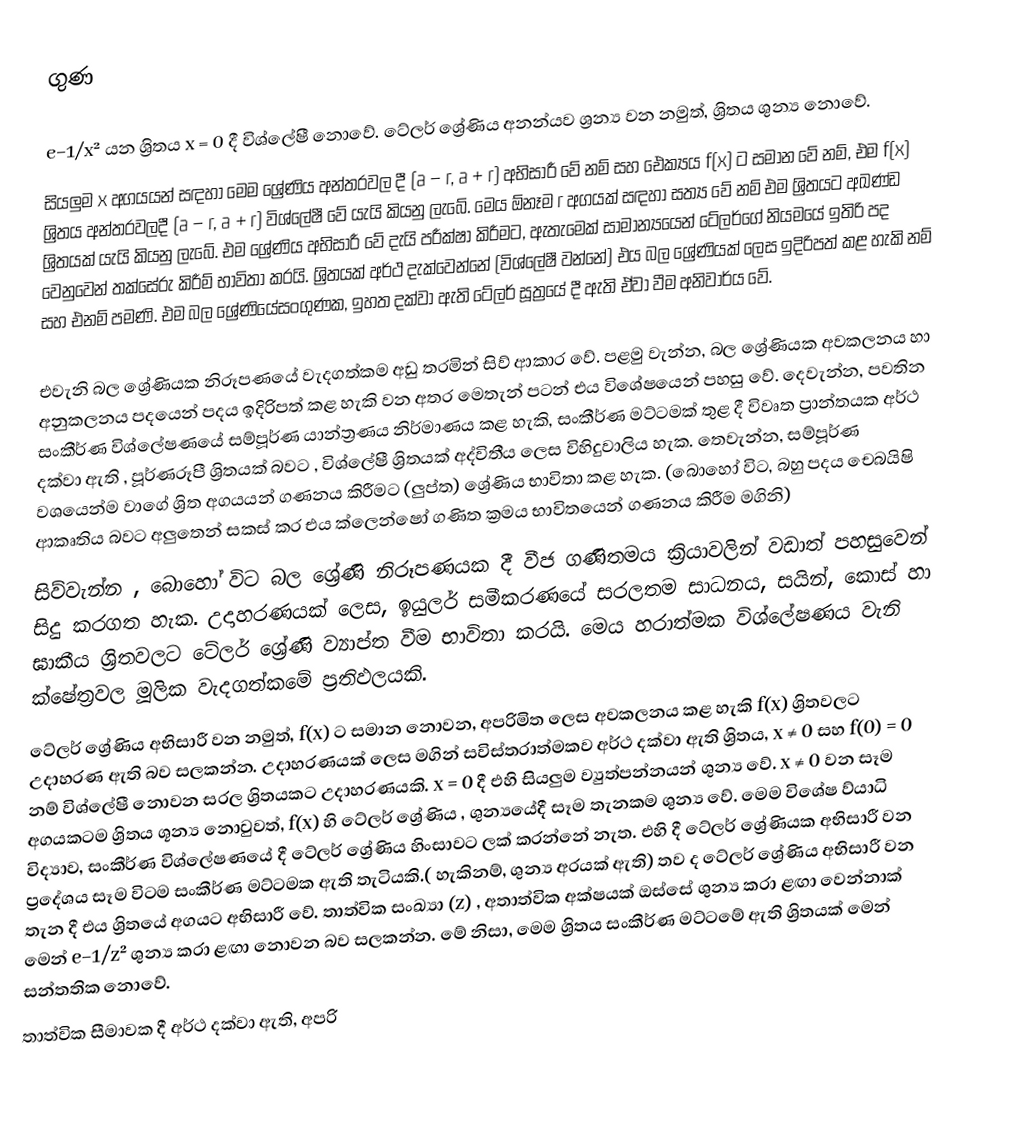
ගුණ

e−1/x²  යන ශ්‍රිතය x = 0 දී විශ්ලේෂී නොවේ. ටේලර් ශ්‍රේණිය අනන්යව ශ්‍රන්‍ය වන නමුත්, ශ්‍රිතය ශුන්‍ය නොවේ.
සියලුම x අගයයන් සඳහා මෙම ශ්‍රේණිය අන්තරවල දී (a − r, a + r) අභිසාරී වේ නම් සහ ඓක්‍යය f(x) ට සමාන වේ නම්, එම f(x) ශ්‍රිතය අන්තරවලදී (a − r, a + r) විශ්ලේෂී වේ යැයි කියනු ලැබේ. මෙය ඕනෑම r  අගයක් සඳහා සත්‍ය වේ නම් එම ශ්‍රිතයට අඛණ්ඩ ශ්‍රිතයක් යැයි කියනු ලැබේ. එම ශ්‍රේණිය අභිසාරී වේ දැයි පරීක්ෂා කිරීමට, ඇතැමෙක් සාමාන්‍යයෙන් ටේලර්ගේ නියමයේ ඉතිරි පද වෙනුවෙන් තක්සේරු කිරීම් භාවිතා කරයි. ශ්‍රිතයක් අර්ථ දැක්වෙන්නේ (විශ්ලේෂී වන්නේ) එය බල ශ්‍රේණියක් ලෙස ඉදිරිපත් කළ හැකි නම් සහ එනම් පමණි. එම බල ශ්‍රේණියේසංගුණක, ඉහත දක්වා ඇති ටේලර් සූත්‍රයේ දී ඇති ඒවා වීම අනිවාර්ය වේ.

එවැනි බල  ශ්‍රේණියක නිරූපණයේ වැදගත්කම අඩු තරමින් සිව් ආකාර වේ. පළමු වැන්න, බල ශ්‍රේණියක  අවකලනය හා අනුකලනය පදයෙන් පදය ඉදිරිපත් කළ හැකි වන අතර මෙතැන් පටන් එය විශේෂයෙන් පහසු වේ. දෙවැන්න, පවතින සංකීර්ණ විශ්ලේෂණයේ සම්පූර්ණ යාන්ත්‍රණය නිර්මාණය කළ හැකි, සංකීර්ණ මට්ටමක් තුළ දී විවෘත ප්‍රාන්තයක අර්ථ දක්වා ඇති , පූර්ණරූපී ශ්‍රිතයක් බවට , විශ්ලේෂී ශ්‍රිතයක් අද්විතීය ලෙස විහිදුවාලිය හැක. තෙවැන්න, සම්පූර්ණ වශයෙන්ම වාගේ ශ්‍රිත අගයයන් ගණනය කිරීමට (ලුප්ත) ශ්‍රේණිය භාවිතා කළ හැක. (බොහෝ විට, බහු පදය චෙබයිෂි ආකෘතිය බවට අලුතෙන් සකස් කර එය ක්ලෙන්ෂෝ ගණිත ක්‍රමය භාවිතයෙන් ගණනය කිරීම මගිනි)
සිව්වැන්න , බොහෝ විට බල ශ්‍රේණි නිරූපණයක දී වීජ ගණිතමය ක්‍රියාවලින් වඩාත් පහසුවෙන් සිදු කරගත හැක. උදාහරණයක් ලෙස, ඉයුලර් සමීකරණයේ සරලතම සාධනය, සයින්, කොස් හා ඝාකීය ශ්‍රිතවලට ටේලර් ශ්‍රේණි ව්‍යාප්ත වීම භාවිතා කරයි. මෙය හරාත්මක විශ්ලේෂණය වැනි ක්ෂේත්‍රවල මූලික වැදගත්කමේ ප්‍රතිඵලයකි.
ටේලර් ශ්‍රේණිය අභිසාරී වන නමුත්, f(x) ට සමාන නොවන, අපරිමිත ලෙස අවකලනය කළ හැකි f(x)  ශ්‍රිතවලට උදාහරණ ඇති බව සලකන්න. උදාහරණයක් ලෙස   මගින් සවිස්තරාත්මකව අර්ථ දක්වා ඇති ශ්‍රිතය, x ≠ 0  සහ f(0) = 0 නම් විශ්ලේෂී නොවන සරල ශ්‍රිතයකට උදාහරණයකි. x = 0  දී එහි සියලුම ව්‍යුත්පන්නයන් ශුන්‍ය වේ. x ≠ 0  වන සෑම අගයකටම ශ්‍රිතය ශූන්‍ය නොවුවත්, f(x)   හි ටේලර් ශ්‍රේණිය , ශුන්‍යයේදී  සෑම තැනකම ශුන්‍ය වේ. මෙම විශේෂ ව්යාධි විද්‍යාව, සංකීර්ණ විශ්ලේෂණයේ දී ටේලර් ශ්‍රේණිය හිංසාවට ලක් කරන්නේ නැත. එහි දී ටේලර් ශ්‍රේණියක අභිසාරී වන ප්‍රදේශය සෑම විටම සංකීර්ණ මට්ටමක ඇති තැටියකි.( හැකිනම්, ශුන්‍ය අරයක් ඇති) තව ද ටේලර් ශ්‍රේණිය අභිසාරී වන තැන දී එය ශ්‍රිතයේ අගයට අභිසාරී වේ. තාත්වික සංඛ්‍යා (z)  , අතාත්වික අක්ෂයක් ඔස්සේ ශුන්‍ය කරා ළඟා වෙන්නාක් මෙන් e−1/z² ශුන්‍ය කරා ළඟා නොවන බව සලකන්න. මේ නිසා, මෙම ශ්‍රිතය සංකීර්ණ මට්ටමේ ඇති ශ්‍රිතයක් මෙන් සන්තතික නොවේ.
තාත්වික සීමාවක දී අර්ථ දක්වා ඇති, අපරි